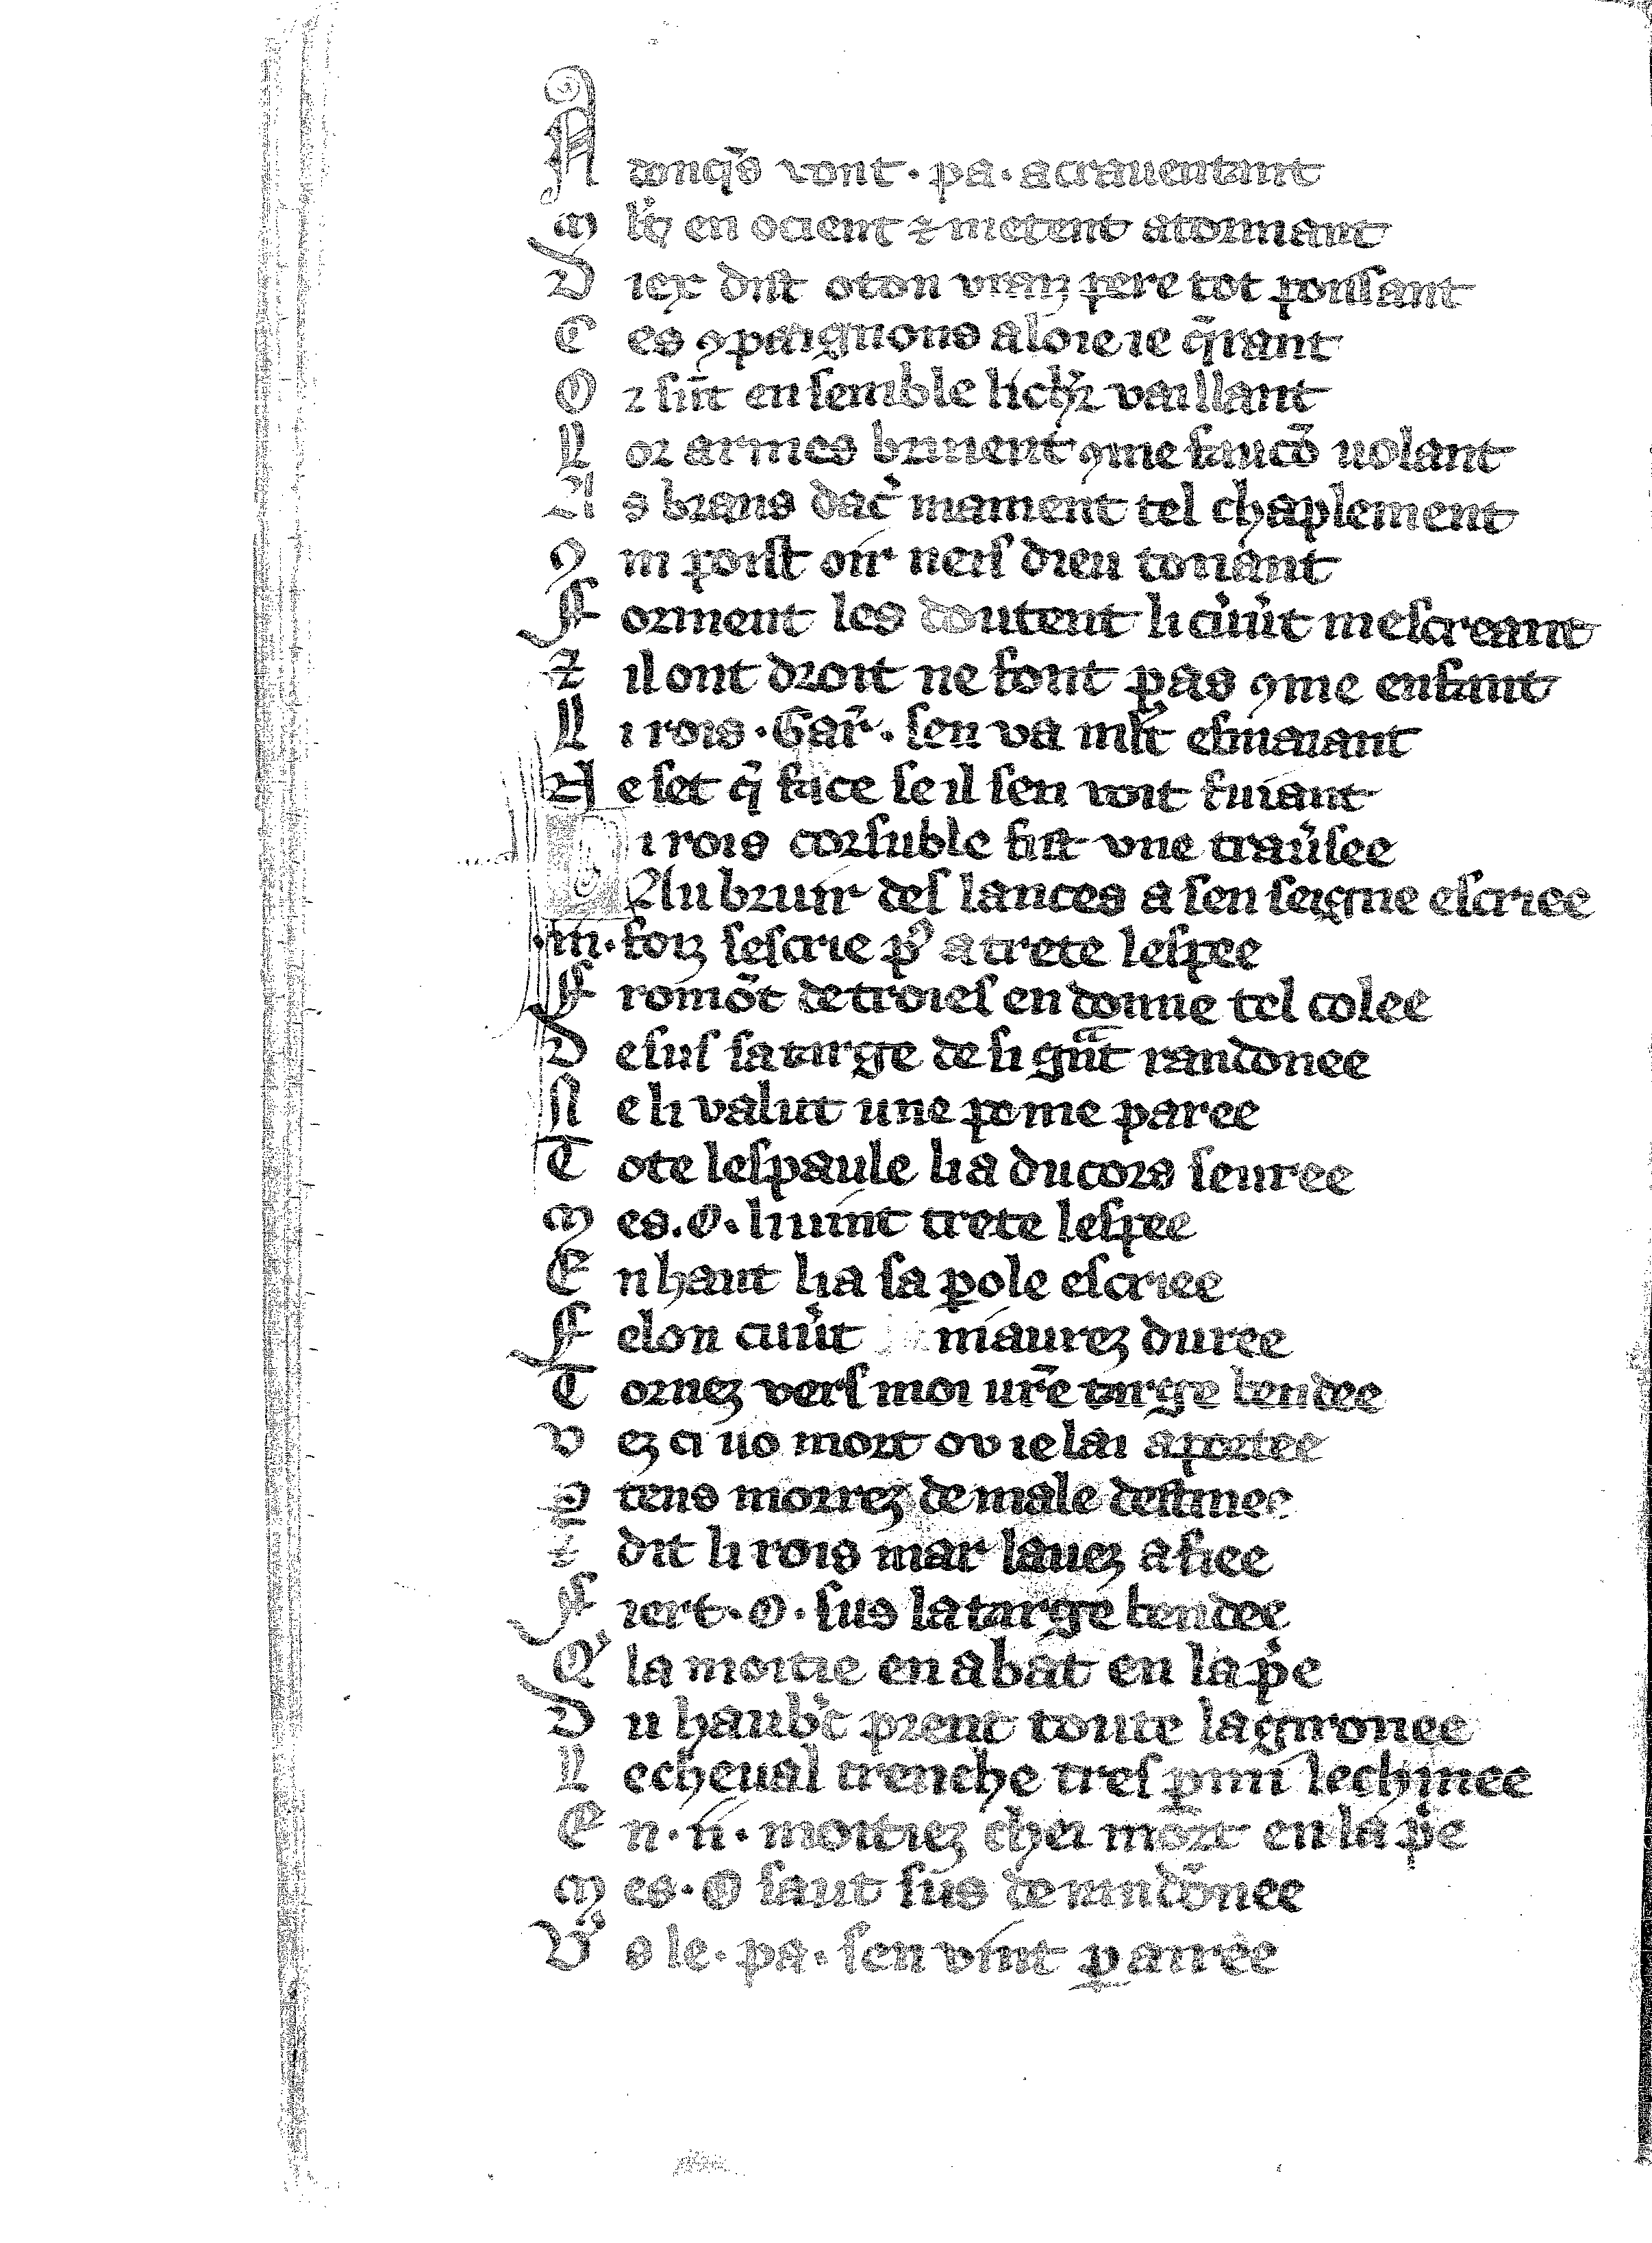
Shelfmark: Vatican, Biblioteca apostolica vaticana, Reg.lat. 1616
Century: 14